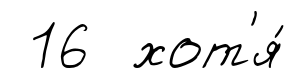
16 хот'я́